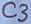
Text: C3